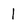
Character: 1